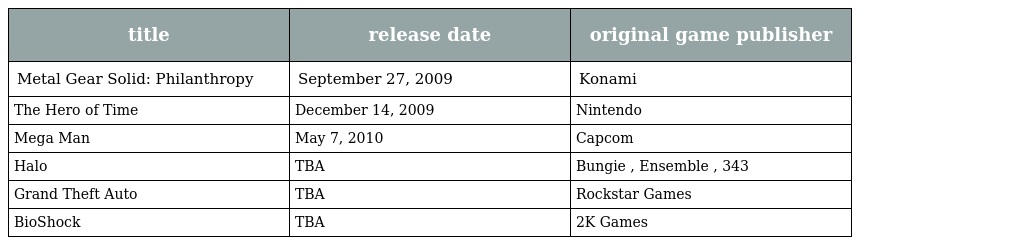
| title | release date | original game publisher |
 | --- | --- | --- |
 | Metal Gear Solid: Philanthropy | September 27, 2009 | Konami |
 | The Hero of Time | December 14, 2009 | Nintendo |
 | Mega Man | May 7, 2010 | Capcom |
 | Halo | TBA | Bungie , Ensemble , 343 |
 | Grand Theft Auto | TBA | Rockstar Games |
 | BioShock | TBA | 2K Games |